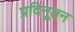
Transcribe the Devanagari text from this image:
प्रदिनूतन